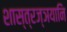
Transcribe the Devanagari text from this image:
शास्त्रज्ञयानि